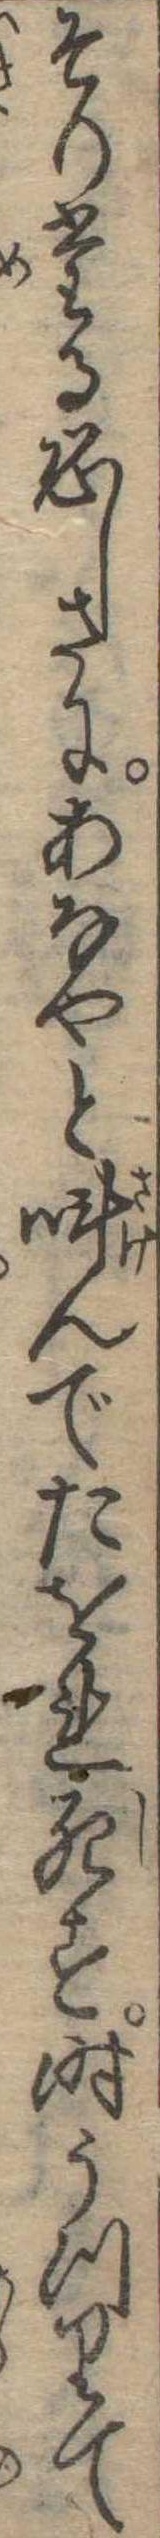
そりたる恐しさにあなやと叫んでたをれ死す時うつりて